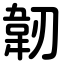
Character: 韌